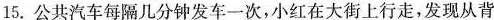
15.公共汽车每隔几分钟发车一次，小红在大街上行走，发现从背